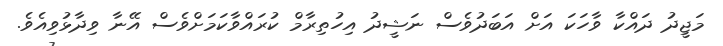
މަޖީދު ދައްކާ ވާހަކަ އަށް އަބަދުވެސް ނަޝީދު އިހުތިރާމް ކުރައްވާކަމަށްވެސް އޭނާ ވިދާޅުވިއެވެ.